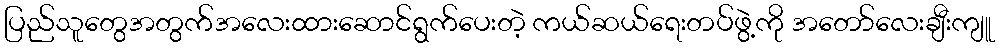
ပြည်သူတွေအတွက်အလေးထားဆောင်ရွက်ပေးတဲ့ ကယ်ဆယ်ရေးတပ်ဖွဲ့ကို အတော်လေးချီးကျူ